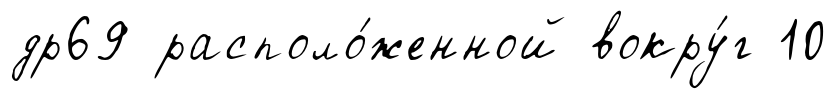
др69 располо́женной вокру́г 10